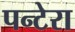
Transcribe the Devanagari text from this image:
पन्टेरा